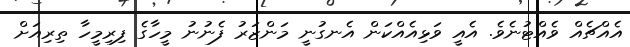
އެއްޗެއް ވެއްޓުނެވެ. އެއީ ވަޅިއެއްކަން އެނގުނީ މަންޒަރު ފެނުނު މީހާގެ ފިރިމީހާ ތިރިއަށް